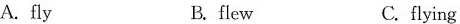
A. fly B. flew C. flying